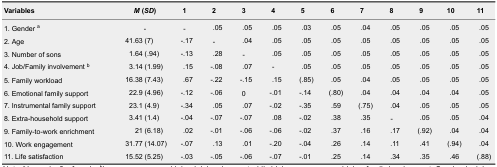
<table><thead><tr><td><b>Variables</b></td><td><b><i>M</i> (<i>SD</i>)</b></td><td><b>1</b></td><td><b>2</b></td><td><b>3</b></td><td><b>4</b></td><td><b>5</b></td><td><b>6</b></td><td><b>7</b></td><td><b>8</b></td><td><b>9</b></td><td><b>10</b></td><td><b>11</b></td></tr></thead><tbody><tr><td>1. Gender <sup>a</sup></td><td>-</td><td>-</td><td>.05</td><td>.05</td><td>.05</td><td>.03</td><td>.05</td><td>.04</td><td>.05</td><td>.05</td><td>.05</td><td>.05</td></tr><tr><td>2. Age</td><td>41.63 (7)</td><td>-.17</td><td>-</td><td>.04</td><td>.05</td><td>.05</td><td>.05</td><td>.05</td><td>.05</td><td>.05</td><td>.05</td><td>.05</td></tr><tr><td>3. Number of sons</td><td>1.64 (.94)</td><td>-.13</td><td>.28</td><td>-</td><td>.05</td><td>.05</td><td>.05</td><td>.05</td><td>.05</td><td>.05</td><td>.05</td><td>.05</td></tr><tr><td>4. Job/Family involvement <sup>b</sup></td><td>3.14 (1.99)</td><td>.15</td><td>-.08</td><td>.07</td><td>-</td><td>.05</td><td>.05</td><td>.05</td><td>.05</td><td>.05</td><td>.05</td><td>.05</td></tr><tr><td>5. Family workload</td><td>16.38 (7.43)</td><td>.67</td><td>-.22</td><td>-.15</td><td>.15</td><td>(.85)</td><td>.05</td><td>.04</td><td>.05</td><td>.05</td><td>.05</td><td>.05</td></tr><tr><td>6. Emotional family support</td><td>22.9 (4.96)</td><td>-.12</td><td>-.06</td><td>0</td><td>-.01</td><td>-.14</td><td>(.80)</td><td>.04</td><td>.04</td><td>.04</td><td>.04</td><td>.05</td></tr><tr><td>7. Instrumental family support</td><td>23.1 (4.9)</td><td>-.34</td><td>.05</td><td>.07</td><td>-.02</td><td>-.35</td><td>.59</td><td>(.75)</td><td>.04</td><td>.05</td><td>.05</td><td>.05</td></tr><tr><td>8. Extra-household support</td><td>3.41 (1.4)</td><td>-.04</td><td>-.07</td><td>-.07</td><td>.08</td><td>-.02</td><td>.38</td><td>.35</td><td>-</td><td>.05</td><td>.05</td><td>.04</td></tr><tr><td>9. Family-to-work enrichment</td><td>21 (6.18)</td><td>.02</td><td>-.01</td><td>-.06</td><td>-.06</td><td>-.02</td><td>.37</td><td>.16</td><td>.17</td><td>(.92)</td><td>.04</td><td>.04</td></tr><tr><td>10. Work engagement</td><td>31.77 (14.07)</td><td>-.07</td><td>.13</td><td>.01</td><td>-.20</td><td>-.04</td><td>.26</td><td>.14</td><td>.11</td><td>.41</td><td>(.94)</td><td>.04</td></tr><tr><td>11. Life satisfaction</td><td>15.52 (5.25)</td><td>-.03</td><td>-.05</td><td>-.06</td><td>-.07</td><td>-.01</td><td>.25</td><td>.14</td><td>.34</td><td>.35</td><td>.46</td><td>(.88)</td></tr></tbody></table>